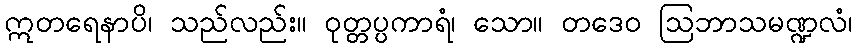
ဣတရေနာပိ၊ သည်လည်း။ ဝုတ္တပ္ပကာရံ၊ သော။ တဒေဝ ဩဘာသမဏ္ဍလံ၊